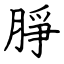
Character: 㬹